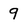
Character: 9